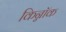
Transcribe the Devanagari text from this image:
किन्नॉक